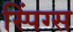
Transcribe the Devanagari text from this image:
स्पिंग्स